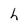
Character: h